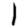
Digit: 1